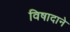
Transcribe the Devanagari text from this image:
विषादाने